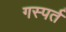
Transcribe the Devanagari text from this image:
गस्पर्त